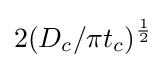
2({{D_{c}}/\pi t_{c}})^{1 \over 2}